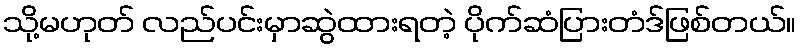
သို့မဟုတ် လည်ပင်းမှာဆွဲထားရတဲ့ ပိုက်ဆံပြားတံဒ်ဖြစ်တယ်။